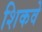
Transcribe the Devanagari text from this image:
शिकवे